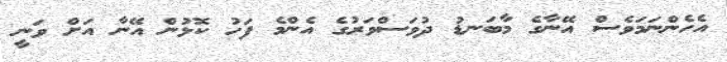
އެހެންނަމަވެސް އޭނާގެ މާބަނޑު ދުވަސްވަރުގެ އެންމެ ފަހު ކޮޅުން އޭނާ އަށް ވަނީ